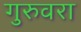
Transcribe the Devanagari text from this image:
गुरुवरा